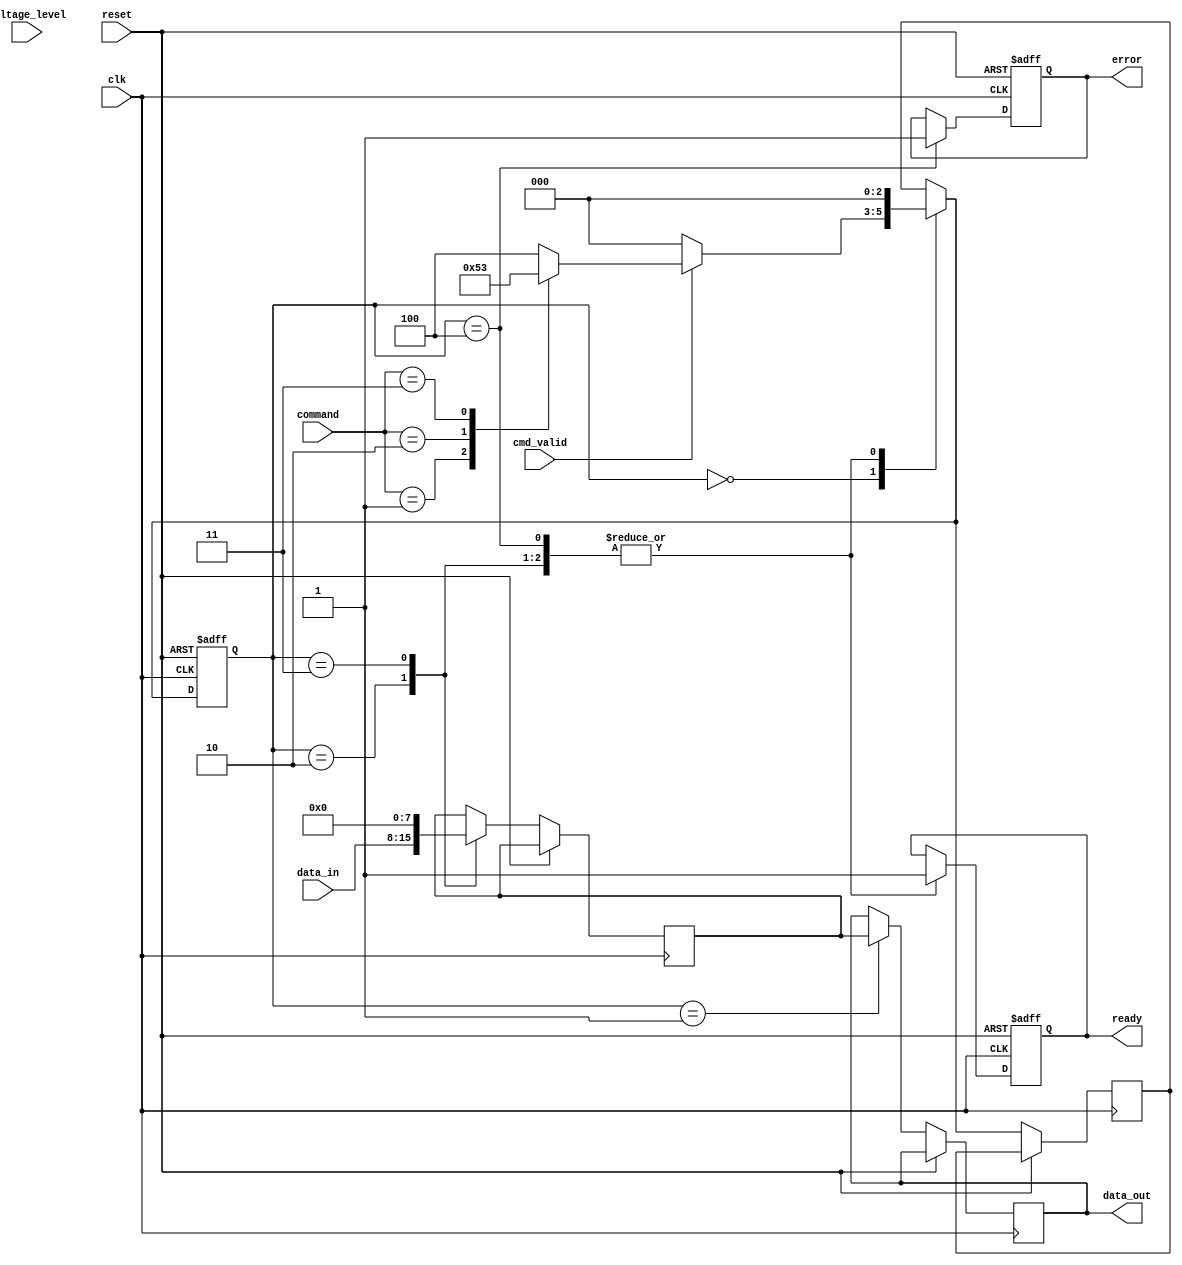
module MLC_NAND_IO_Block (
    input wire clk,                  // System clock
    input wire reset,                // Reset signal
    input wire [3:0] command,        // Command input (for read, write, erase)
    input wire [7:0] data_in,        // Data input from the external source
    output reg [7:0] data_out,       // Data output to external devices
    output reg ready,                // Status signal indicating readiness for new command
    output reg error,                // Error detection flag
    input wire voltage_level,         // Voltage level indicator
    input wire cmd_valid              // Command valid signal
);

    // Internal signals
    reg [2:0] state;                 // State machine current state
    reg [2:0] next_state;            // State machine next state
    reg [7:0] buffer;                // Buffer for incoming data

    // State definitions
    localparam IDLE      = 3'd0;
    localparam READ      = 3'd1;
    localparam WRITE     = 3'd2;
    localparam ERASE     = 3'd3;
    localparam ERROR     = 3'd4;

    // State machine to handle commands
    always @(posedge clk or posedge reset) begin
        if (reset) begin
            state <= IDLE;
            ready <= 1;
            error <= 0;
        end else begin
            case(state)
                IDLE: begin
                    if (cmd_valid) begin
                        case(command)
                            4'b0001: next_state = READ;  // Read command
                            4'b0010: next_state = WRITE; // Write command
                            4'b0011: next_state = ERASE;  // Erase command
                            default: next_state = ERROR;  // Invalid command
                        endcase
                    end else begin
                        next_state = IDLE;
                    end
                end
                
                READ: begin
                    // Simulate reading data
                    data_out <= buffer; // Read data from buffer
                    ready <= 1;         // Set ready
                    next_state = IDLE;  // Go to IDLE after read
                end
                
                WRITE: begin
                    // Simulate writing data
                    buffer <= data_in;  // Store incoming data in buffer
                    ready <= 1;         // Set ready
                    next_state = IDLE;  // Go to IDLE after write
                end
                
                ERASE: begin
                    // Simulate erase operation
                    buffer <= 8'b0;     // Clear buffer
                    ready <= 1;         // Set ready
                    next_state = IDLE;  // Go to IDLE after erase
                end
                
                ERROR: begin
                    error <= 1;         // Set error flag
                    ready <= 1;         // Set ready
                    next_state = IDLE;  // Go to IDLE after error
                end

            endcase
            
            // Update the state
            state <= next_state;
        end
    end
endmodule